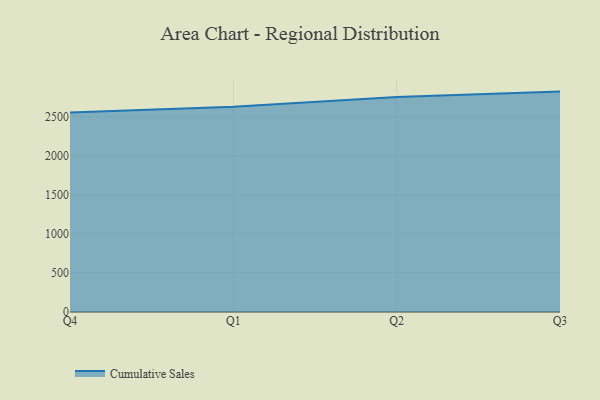
{"axis": {"x": "Quarter", "y": "Energy Usage (MWh)"}, "legend": ["Cumulative Sales"], "data": [{"x": "Q4", "y": 2555.0, "type": "Cumulative Sales"}, {"x": "Q1", "y": 2629.3, "type": "Cumulative Sales"}, {"x": "Q2", "y": 2755.1, "type": "Cumulative Sales"}, {"x": "Q3", "y": 2824.1, "type": "Cumulative Sales"}]}